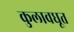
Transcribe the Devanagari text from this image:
कुलावधूत